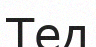
Тед